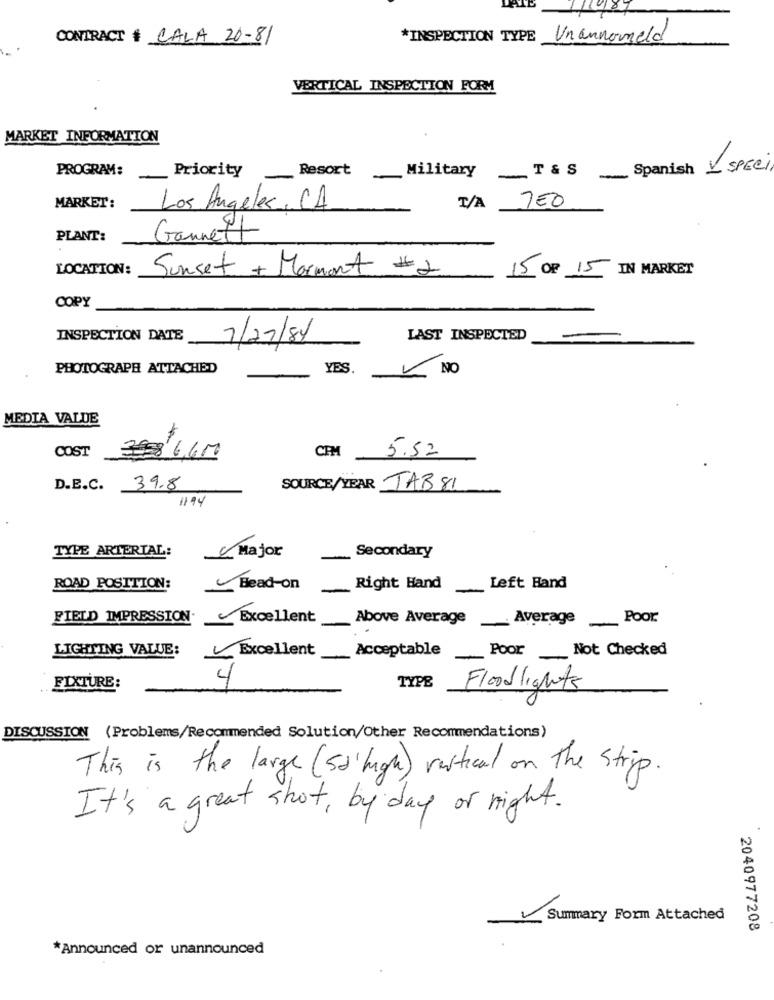
CONTRACT # CALA 20-81
*INSPECTION TYPE Unannomeld
VERTICAL INSPECTION FORM
MARKET INFORMATION
PROGRAM:
Resort
Military
Spanish SPECI
-
Priority
-
AT&s-
MARKET:
Los Angeles, CA
T/A
750
PLANT:
Gannett
LOCATION:
Sunset + Mormant # 2
IN MARKET
15 OF 15
COPY
INSPECTION DATE
7/27/84
LAST INSPECTED
PHOTOGRAPH ATTACHED
YES.
NO
MEDIA VALUE
COST
CPM 5.52
D.E.C. 39.8
SOURCE/YEAR TAB 81
1194
TYPE ARTERIAL:
Major
Secondary
ROAD POSITION:
Head-on
Right Hand
Left Hand
FIELD IMPRESSION Excellent
Above Average Average Poor
LIGHTING VALUE:
Excellent
Acceptable
Poor Not Checked
4
TYPE
FIXTURE:
Floodlights
DISCUSSION (Problems/Recommended Solution/Other Recommendations)
This is the large (sd'high) vertical on The strip
It's a great shot, by day or night.
Summary Form Attached
2040977208
*Announced or unannounced